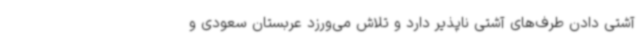
آشتی دادن طرف‌های آشتی ناپذیر دارد و تلاش می‌ورزد عربستان سعودی و